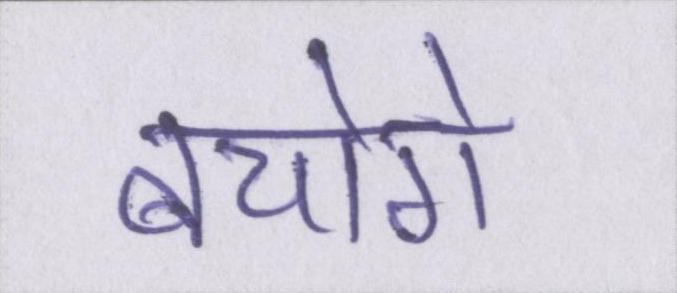
बचोगे